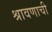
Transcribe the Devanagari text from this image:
श्रावणाची